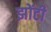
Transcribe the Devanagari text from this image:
झोंटी